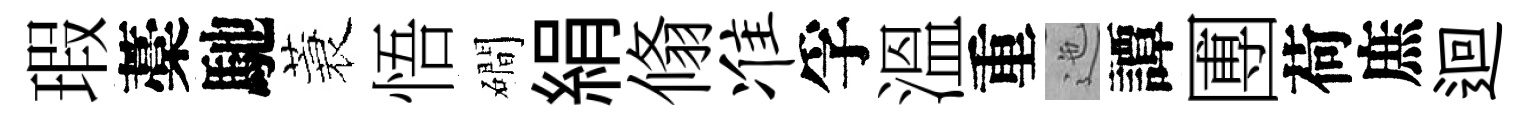
瑕藁馳蓑悟磵絹翛准孚溫重迤譚圑荷庶迴